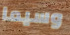
وسيما